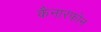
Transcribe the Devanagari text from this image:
कैनारफोन